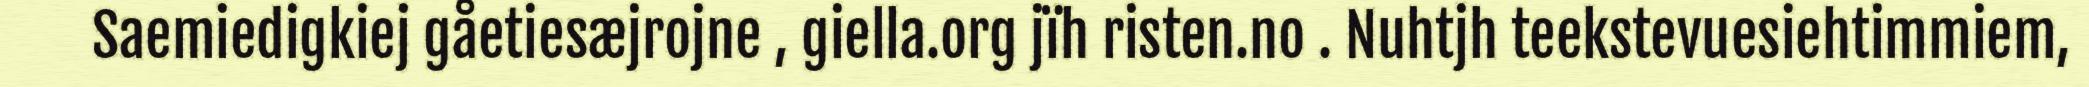
Saemiedigkiej gåetiesæjrojne , giella.org jïh risten.no . Nuhtjh teekstevuesiehtimmiem,